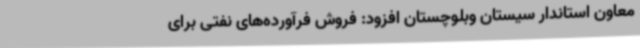
معاون استاندار سیستان وبلوچستان افزود: فروش فرآورده‌های نفتی برای